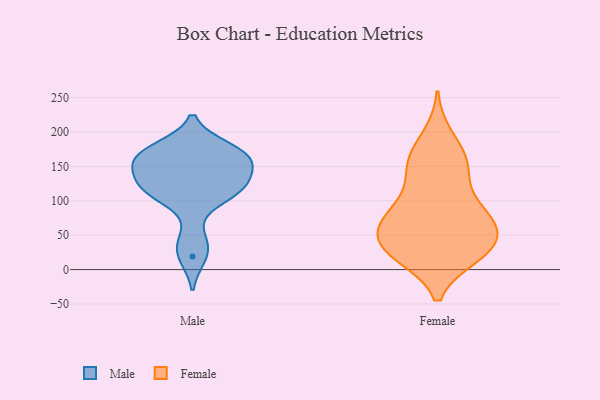
{"axis": {"x": "Temperature (°C)", "y": "Value"}, "legend": ["Female", "Male"], "data": [{"x": "", "y": 19, "type": "Male"}, {"x": "", "y": 172, "type": "Male"}, {"x": "", "y": 129, "type": "Male"}, {"x": "", "y": 166, "type": "Male"}, {"x": "", "y": 151, "type": "Male"}, {"x": "", "y": 123, "type": "Male"}, {"x": "", "y": 176, "type": "Male"}, {"x": "", "y": 41, "type": "Male"}, {"x": "", "y": 110, "type": "Male"}, {"x": "", "y": 116, "type": "Male"}, {"x": "", "y": 111, "type": "Male"}, {"x": "", "y": 161, "type": "Male"}, {"x": "", "y": 158, "type": "Male"}, {"x": "", "y": 85, "type": "Female"}, {"x": "", "y": 28, "type": "Female"}, {"x": "", "y": 44, "type": "Female"}, {"x": "", "y": 165, "type": "Female"}, {"x": "", "y": 28, "type": "Female"}, {"x": "", "y": 102, "type": "Female"}, {"x": "", "y": 26, "type": "Female"}, {"x": "", "y": 66, "type": "Female"}, {"x": "", "y": 154, "type": "Female"}, {"x": "", "y": 21, "type": "Female"}, {"x": "", "y": 53, "type": "Female"}, {"x": "", "y": 70, "type": "Female"}, {"x": "", "y": 23, "type": "Female"}, {"x": "", "y": 141, "type": "Female"}, {"x": "", "y": 193, "type": "Female"}, {"x": "", "y": 66, "type": "Female"}, {"x": "", "y": 151, "type": "Female"}, {"x": "", "y": 82, "type": "Female"}]}